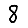
Digit: 8